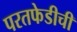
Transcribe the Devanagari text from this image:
परतफेडीची